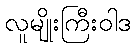
လူမျိုးကြီးဝါဒ